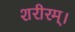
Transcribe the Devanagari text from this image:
शरीरम्।